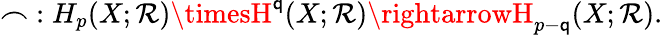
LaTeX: \frown\; :H_{p}(X;\mathcal{R})\timesH^{\mathsf{q}}(X;\mathcal{R})\rightarrowH_{p-\mathsf{q}}(X;\mathcal{R}).